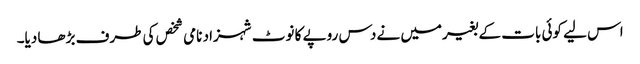
اس لیے کوئی بات کے بغیرمیں نے دس روپے کا نوٹ شہزاد نامی شخص کی طرف بڑھا دیا۔